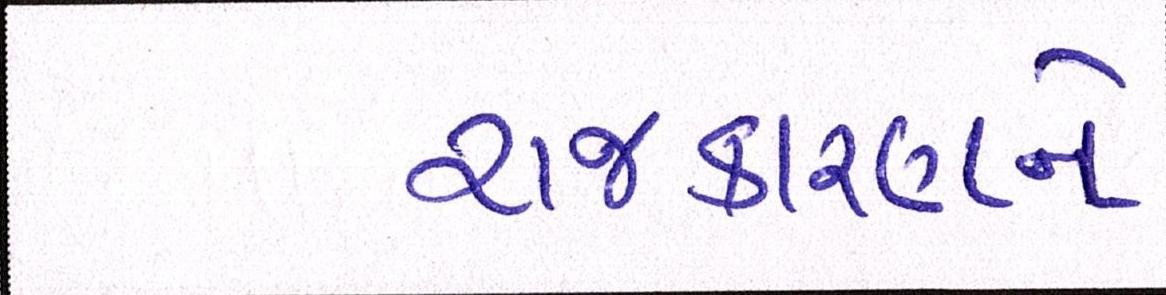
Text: રાજકારણને